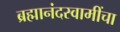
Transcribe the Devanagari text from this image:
ब्रह्मानंदस्वामींचा